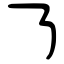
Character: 𠄎